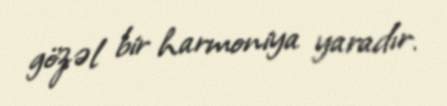
gözəl bir harmoniya yaradır.